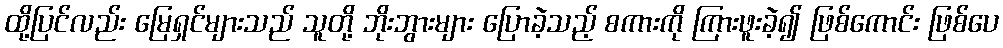
ထို့ပြင်လည်း မြေရှင်များသည် သူတို့ ဘိုးဘွားများ ပြောခဲ့သည့် စကားကို ကြားဖူးခဲ့၍ ဖြစ်ကောင်း ဖြစ်ပေ